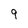
Character: 9